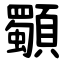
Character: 䫳